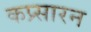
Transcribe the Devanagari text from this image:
कप्र्सारन